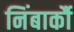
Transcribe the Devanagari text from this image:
निंबार्कौ